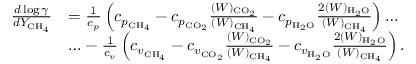
\begin{array} { r l } { \frac { d \log \gamma } { d Y _ { \mathrm { C H } _ { 4 } } } } & { = \frac { 1 } { c _ { p } } \left( c _ { p _ { \mathrm { C H } _ { 4 } } } - c _ { p _ { { \mathrm { C O } _ { 2 } } } } \frac { ( W ) _ { { \mathrm { C O } _ { 2 } } } } { ( W ) _ { \mathrm { C H } _ { 4 } } } - c _ { p _ { \mathrm { H } _ { 2 } \mathrm { O } } } \frac { 2 ( W ) _ { \mathrm { H } _ { 2 } \mathrm { O } } } { ( W ) _ { \mathrm { C H } _ { 4 } } } \right) \ldots } \\ & { \ldots - \frac { 1 } { c _ { v } } \left( c _ { v _ { \mathrm { C H } _ { 4 } } } - c _ { v _ { { \mathrm { C O } _ { 2 } } } } \frac { ( W ) _ { { \mathrm { C O } _ { 2 } } } } { ( W ) _ { \mathrm { C H } _ { 4 } } } - c _ { v _ { \mathrm { H } _ { 2 } \mathrm { O } } } \frac { 2 ( W ) _ { \mathrm { H } _ { 2 } \mathrm { O } } } { ( W ) _ { \mathrm { C H } _ { 4 } } } \right) . } \end{array}